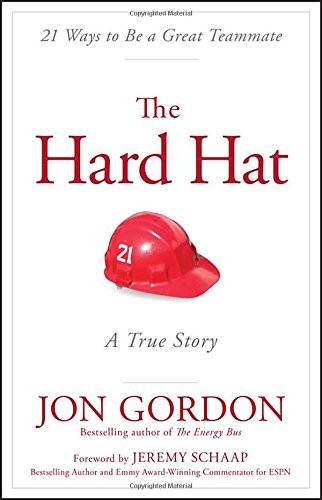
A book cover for The Hard Hat: 21 Ways to Be a Great Teammate; Jon Gordon; Business & Money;